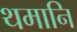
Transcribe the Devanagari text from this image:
थमानि